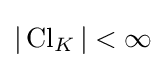
|\operatorname {Cl} _{K}|<\infty